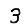
Digit: 3